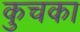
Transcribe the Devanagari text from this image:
कुचका